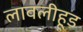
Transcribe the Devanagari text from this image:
लावलीहूड